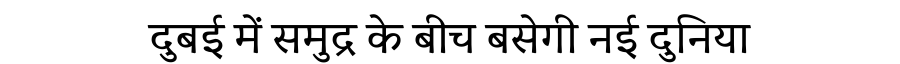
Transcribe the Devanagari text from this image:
दुबई में समुद्र के बीच बसेगी नई दुनिया